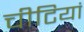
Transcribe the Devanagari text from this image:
चीटियां